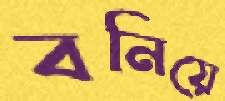
বনিয়ে